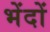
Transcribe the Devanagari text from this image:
भेंदों